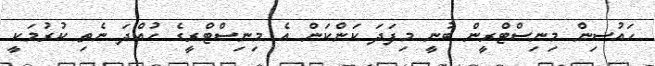
ހައުސިން މިނިސްޓްރީން ބުނީ މިފަދަ ކަންކަން އެ މިނިސްޓްރީގެ ހުއްދަ ނެތި ކުރުމަކީ